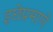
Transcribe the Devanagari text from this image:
इछेप्रमाणे